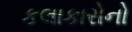
કલાકારોનો